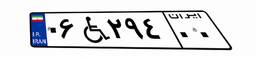
۰۶W۴۸۲۲۱